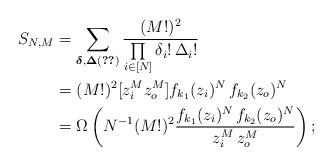
LaTeX: \begin{align*}\begin{aligned}S_{N,M}&=\sum\limits_{\boldsymbol\delta,\boldsymbol\Delta\eqref{bdelta,bDelta=}}\frac{(M!)^2}{\prod\limits_{i\in [N]}\delta_i!\,\Delta_i!}\\&=(M!)^2 [z_i^Mz_o^M] f_{k_1}(z_i)^N\,f_{k_2}(z_o)^N\\&=\Omega\left(N^{-1}(M!)^2\frac{f_{k_1}(z_i)^N\,f_{k_2}(z_o)^N}{z_i^M\,z_o^M}\right);\end{aligned}\end{align*}